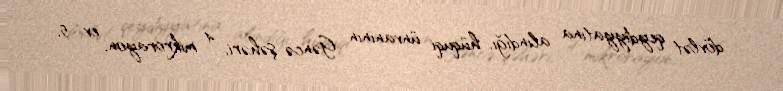
dövlət qeydiyyatına alındığı, hüquqi ünvanının Gəncə şəhəri, 4 mikrorayon, ev 5,